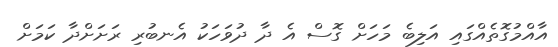
އާއްމުގޮތެއްގައި އަލިބެ މަހަށް ގޮސް އެ ދާ ދުވަހަކު އެނބުރި ރަށަށްދާ ކަމަށް